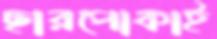
ছারপোকাই